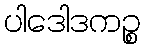
ပါဒေါဒကဉ္စ